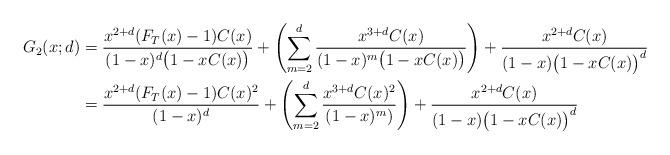
LaTeX: \begin{align*}G_2(x;d)&=\frac{x^{2+d}(F_T(x)-1)C(x)}{(1-x)^d\big(1-xC(x)\big)}+\left(\sum_{m=2}^d\frac{x^{3+d}C(x)}{(1-x)^m\big(1-xC(x)\big)}\right)+\frac{x^{2+d}C(x)}{(1-x)\big(1-xC(x)\big)^d}\\&= \frac{x^{2+d}(F_T(x)-1)C(x)^2}{(1-x)^d}+\left(\sum_{m=2}^d\frac{x^{3+d}C(x)^2}{(1-x)^m)}\right)+\frac{x^{2+d}C(x)}{(1-x)\big(1-xC(x)\big)^d}\end{align*}